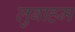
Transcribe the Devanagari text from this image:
लुबाहम